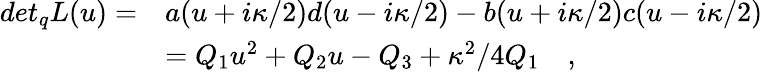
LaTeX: \begin{array}{ll}{{det_{q}L(u)=}}&{{a(u+i\kappa/2)d(u-i\kappa/2)-b(u+i\kappa/2)c(u-i\kappa/2)}}\\ {{\, }}&{{=Q_{1}u^{2}+Q_{2}u-Q_{3}+\kappa^{2}/4Q_{1}\quad,}}\end{array}